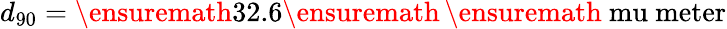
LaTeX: d_{90}=\ensuremath{\mathrm{32.6}}\ensuremath{\, }\ensuremath{\mathrm{\ mu\ meter}}